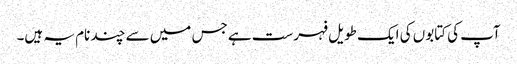
آپ کی کتابوں کی ایک طویل فہرست ہے جس میں سے چند نام یہ ہیں۔